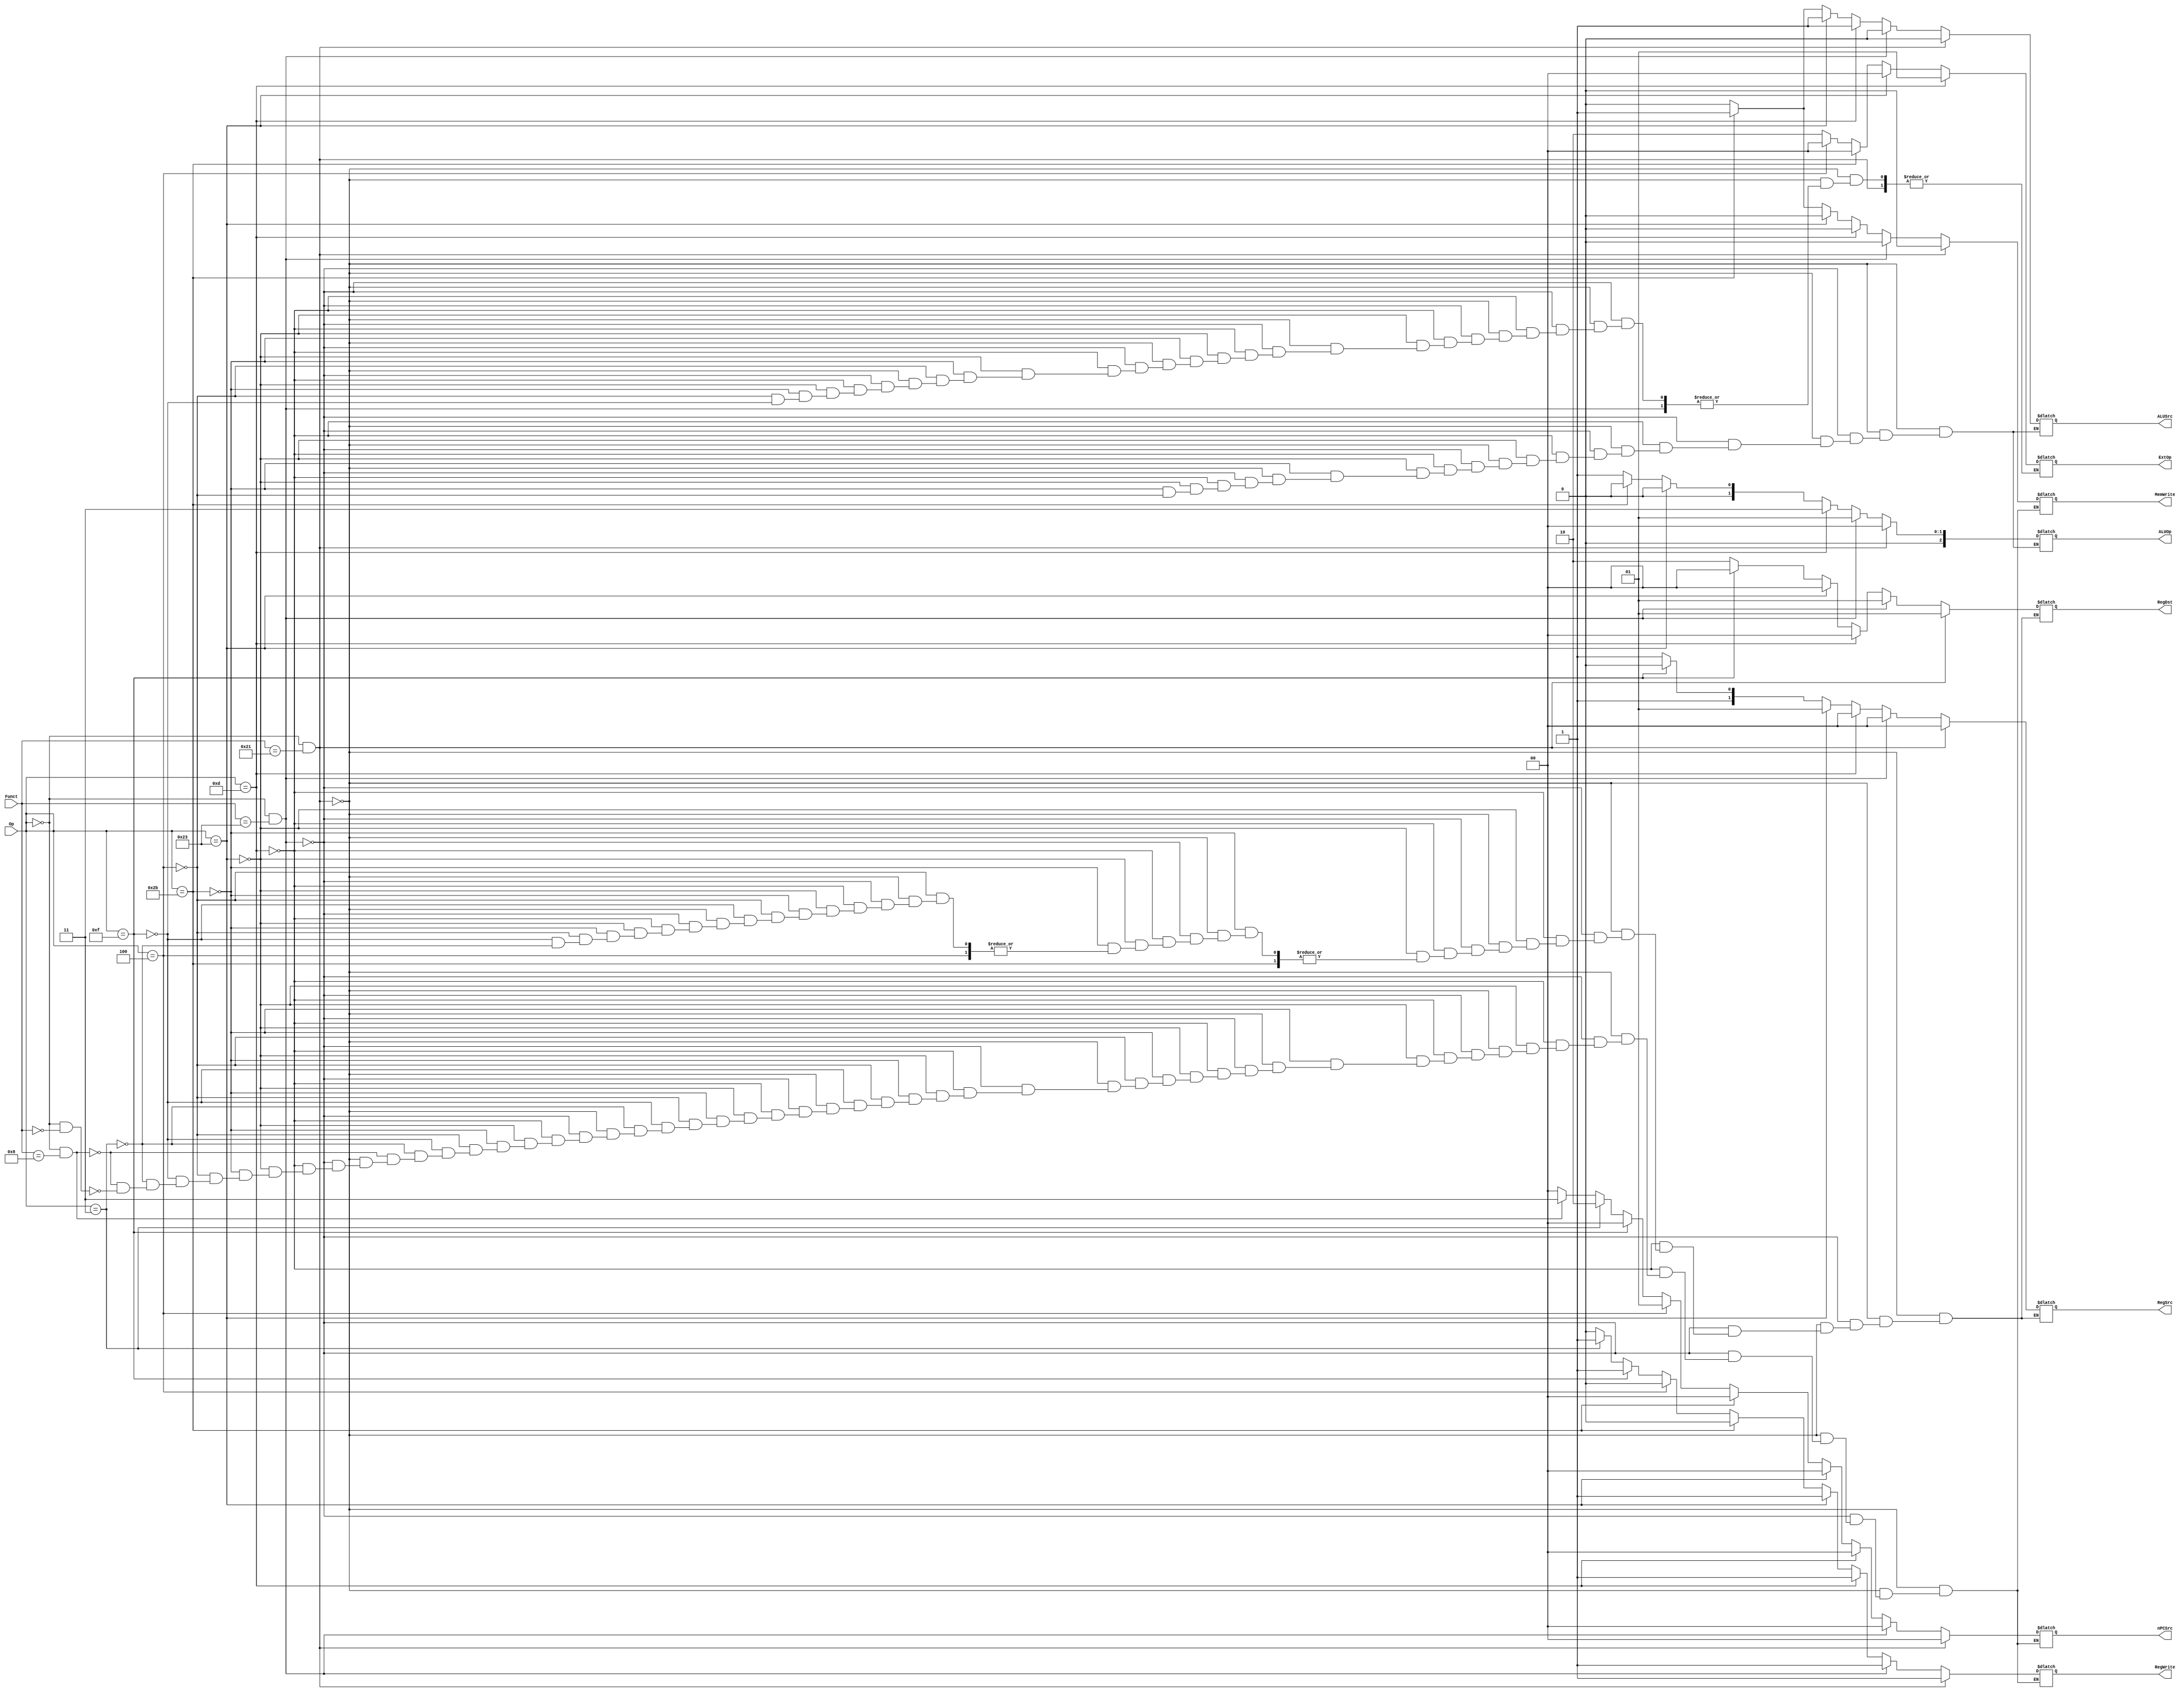
`timescale 1ns / 1ps
//////////////////////////////////////////////////////////////////////////////////
// Company: 
// Engineer: 
// 
// Design Name: 
// Module Name:    Ctrl 
// Project Name: 
// Target Devices: 
// Tool versions: 
// Description: 
//
// Dependencies: 
//
// Revision: 
// Revision 0.01 - File Created
// Additional Comments: 
//
//////////////////////////////////////////////////////////////////////////////////
module Ctrl(
	input [5:0] Op,
	input [5:0] Funct,
	output reg [1:0] nPCSrc,
	output reg [1:0] RegSrc,
	output reg MemWrite,
	output reg [2:0] ALUOp,
	output reg ALUSrc,
	output reg [1:0] ExtOp,
	output reg [1:0] RegDst,
	output reg RegWrite
    );
	
	always @(*) begin
		if (Op == 6'b000000 && Funct == 6'b100001) begin	//addu
			nPCSrc = 0;
			RegSrc = 0;
			MemWrite = 0;
			ALUOp = 0;
			ALUSrc = 0;
			RegDst = 1;
			RegWrite = 1;
		end
		else if (Op == 6'b000000 && Funct == 6'b100011) begin	//subu
			nPCSrc = 0;
			RegSrc = 0;
			MemWrite = 0;
			ALUOp = 1;
			ALUSrc = 0;
			RegDst = 1;
			RegWrite = 1;
		end
		else if (Op == 6'b001101) begin		//ori
			nPCSrc = 0;
			RegSrc = 0;
			MemWrite = 0;
			ALUOp = 3;
			ALUSrc = 1;
			ExtOp = 1;
			RegDst = 0;
			RegWrite = 1;
		end
		else if (Op == 6'b100011) begin		//lw
			nPCSrc = 0;
			RegSrc = 1;
			MemWrite = 0;
			ALUOp = 0;
			ALUSrc = 1;
			ExtOp = 0;
			RegDst = 0;
			RegWrite = 1;
		end
		else if (Op == 6'b101011) begin		//sw
			nPCSrc = 0;
			MemWrite = 1;
			ALUOp = 0;
			ALUSrc = 1;
			ExtOp = 0;
			RegWrite = 0;
		end
		else if (Op == 6'b000100) begin		//beq
			nPCSrc = 1;
			MemWrite = 0;
			ALUOp = 1;
			ALUSrc = 0;
			ExtOp = 0;
			RegWrite = 0;
		end
		else if (Op == 6'b001111) begin		//lui
			nPCSrc = 0;
			RegSrc = 2;
			MemWrite = 0;
			RegDst = 0;
			ExtOp = 2;
			RegWrite = 1;
		end
		else if (Op == 6'b000011) begin		//jal
			nPCSrc = 2;
			RegSrc = 3;
			MemWrite = 0;
			RegDst = 2;
			RegWrite = 1;
		end
		else if (Op == 6'b000000 && Funct == 6'b001000) begin	//jr
			nPCSrc = 3;
			MemWrite = 0;
			RegWrite = 0;
		end
		else if (Op == 6'b000000 && Funct == 6'b000000) begin	//nop
			nPCSrc = 0;
			MemWrite = 0;
			RegWrite = 0;
		end
	end

endmodule